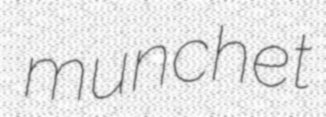
munchet